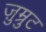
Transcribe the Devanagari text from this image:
ज़ुम्रुट